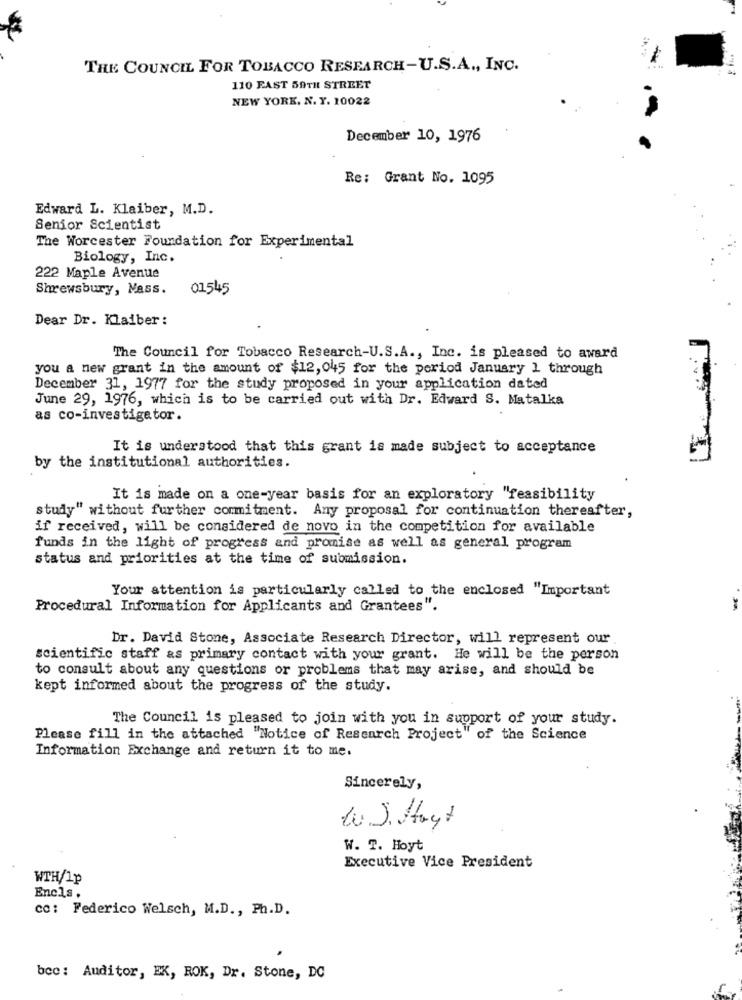
-
THE COUNCIL FOR TOBACCO RESEARCH-U.S.A ., INC.
110 EAST 59TH STREET
NEW YORK, N. Y. 10022
December 10, 1976
Re: Grant No. 1095
Edward L. Klaiber, M.D.
Senior Scientist
The Worcester Foundation for Experimental
Biology, Inc.
222 Maple Avenue
Shrewsbury, Mass.
01545
Dear Dr. Klaiber :
The Council for Tobacco Research-U.S.A ., Inc. is pleased to award
you a new grant in the amount of $12,045 for the period January 1 through
December 31, 1977 for the study proposed in your application dated
June 29, 1976, which is to be carried out with Dr. Edward S. Matalka
as co-investigator.
It is understood that this grant is made subject to acceptance
by the institutional authorities.
It is made on a one-year basis for an exploratory "feasibility
study" without further commitment. Any proposal for continuation thereafter,
if received, will be considered de novo in the competition for available
funds in the light of progress and promise as well as general program
status and priorities at the time of submission.
Your attention is particularly called to the enclosed "Important
Procedural Information for Applicants and Grantees".
Dr. David Stone, Associate Research Director, will represent our
scientific staff as primary contact with your grant. He will be the person
to consult about any questions or problems that may arise, and should be
kept informed about the progress of the study.
The Council is pleased to join with you in support of your study.
Please fill in the attached "Notice of Research Project" of the Science
Information Exchange and return it to me.
Sincerely,
W.J. Hast
W. T. Hoyt
Executive Vice President
WTH/1p
Encls.
co: Federico Welsch, M.D ., Ph.D.
bcc: Auditor, EK, ROK, Dr. Stone, DC